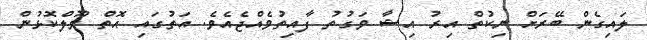
ލައިގެން ބޭރަށް ނިކުތް އިރު އިޝާ ވަގުތު ފާއިތުވެއްޖެއެވެ. އަތުގައި އޮތް ވޫލްކޮޅުން